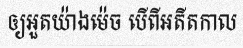
ឲ្យអួតយ៉ាងម៉េច បើពីអតីតកាល